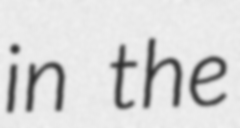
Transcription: in the